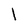
Character: I